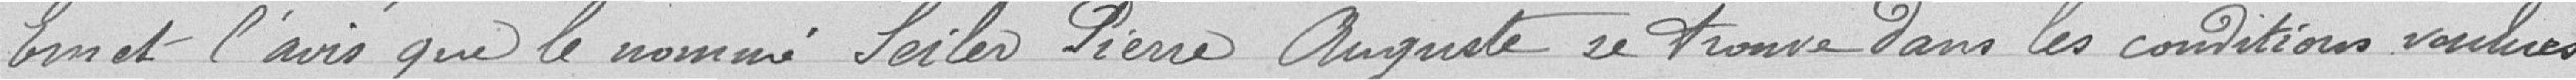
Émet l'avis que le nommé Leiler Pierre Auguste se trouve dans les conditions voulues